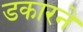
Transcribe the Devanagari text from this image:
डकारने